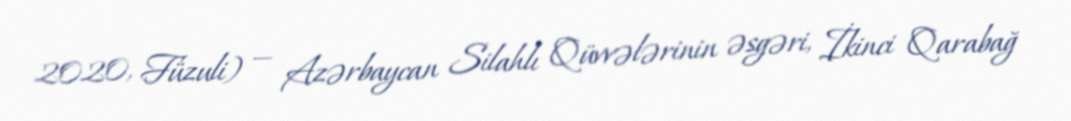
2020, Füzuli) — Azərbaycan Silahlı Qüvvələrinin əsgəri, İkinci Qarabağ